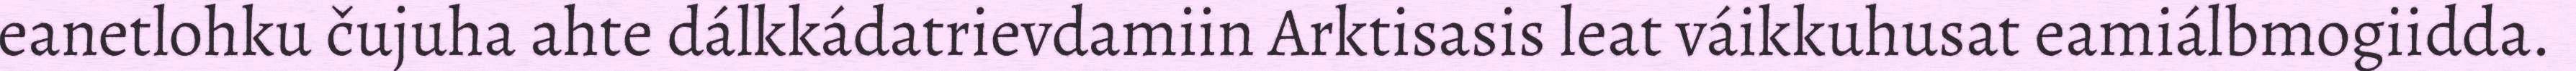
eanetlohku čujuha ahte dálkkádatrievdamiin Arktisasis leat váikkuhusat eamiálbmogiidda.